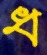
ধ